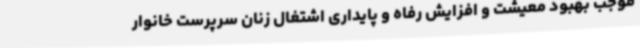
موجب بهبود معیشت و افزایش رفاه و پایداری اشتغال زنان سرپرست خانوار